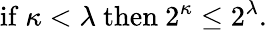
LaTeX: {\mathrm{if~}}\kappa<\lambda{\mathrm{~then~}}2^{\kappa}\leq 2^{\lambda}.